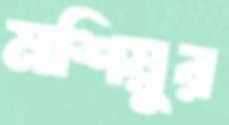
মশিয়ুর